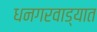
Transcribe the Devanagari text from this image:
धनगरवाड्यात